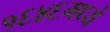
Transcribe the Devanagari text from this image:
१६४६मध्ये